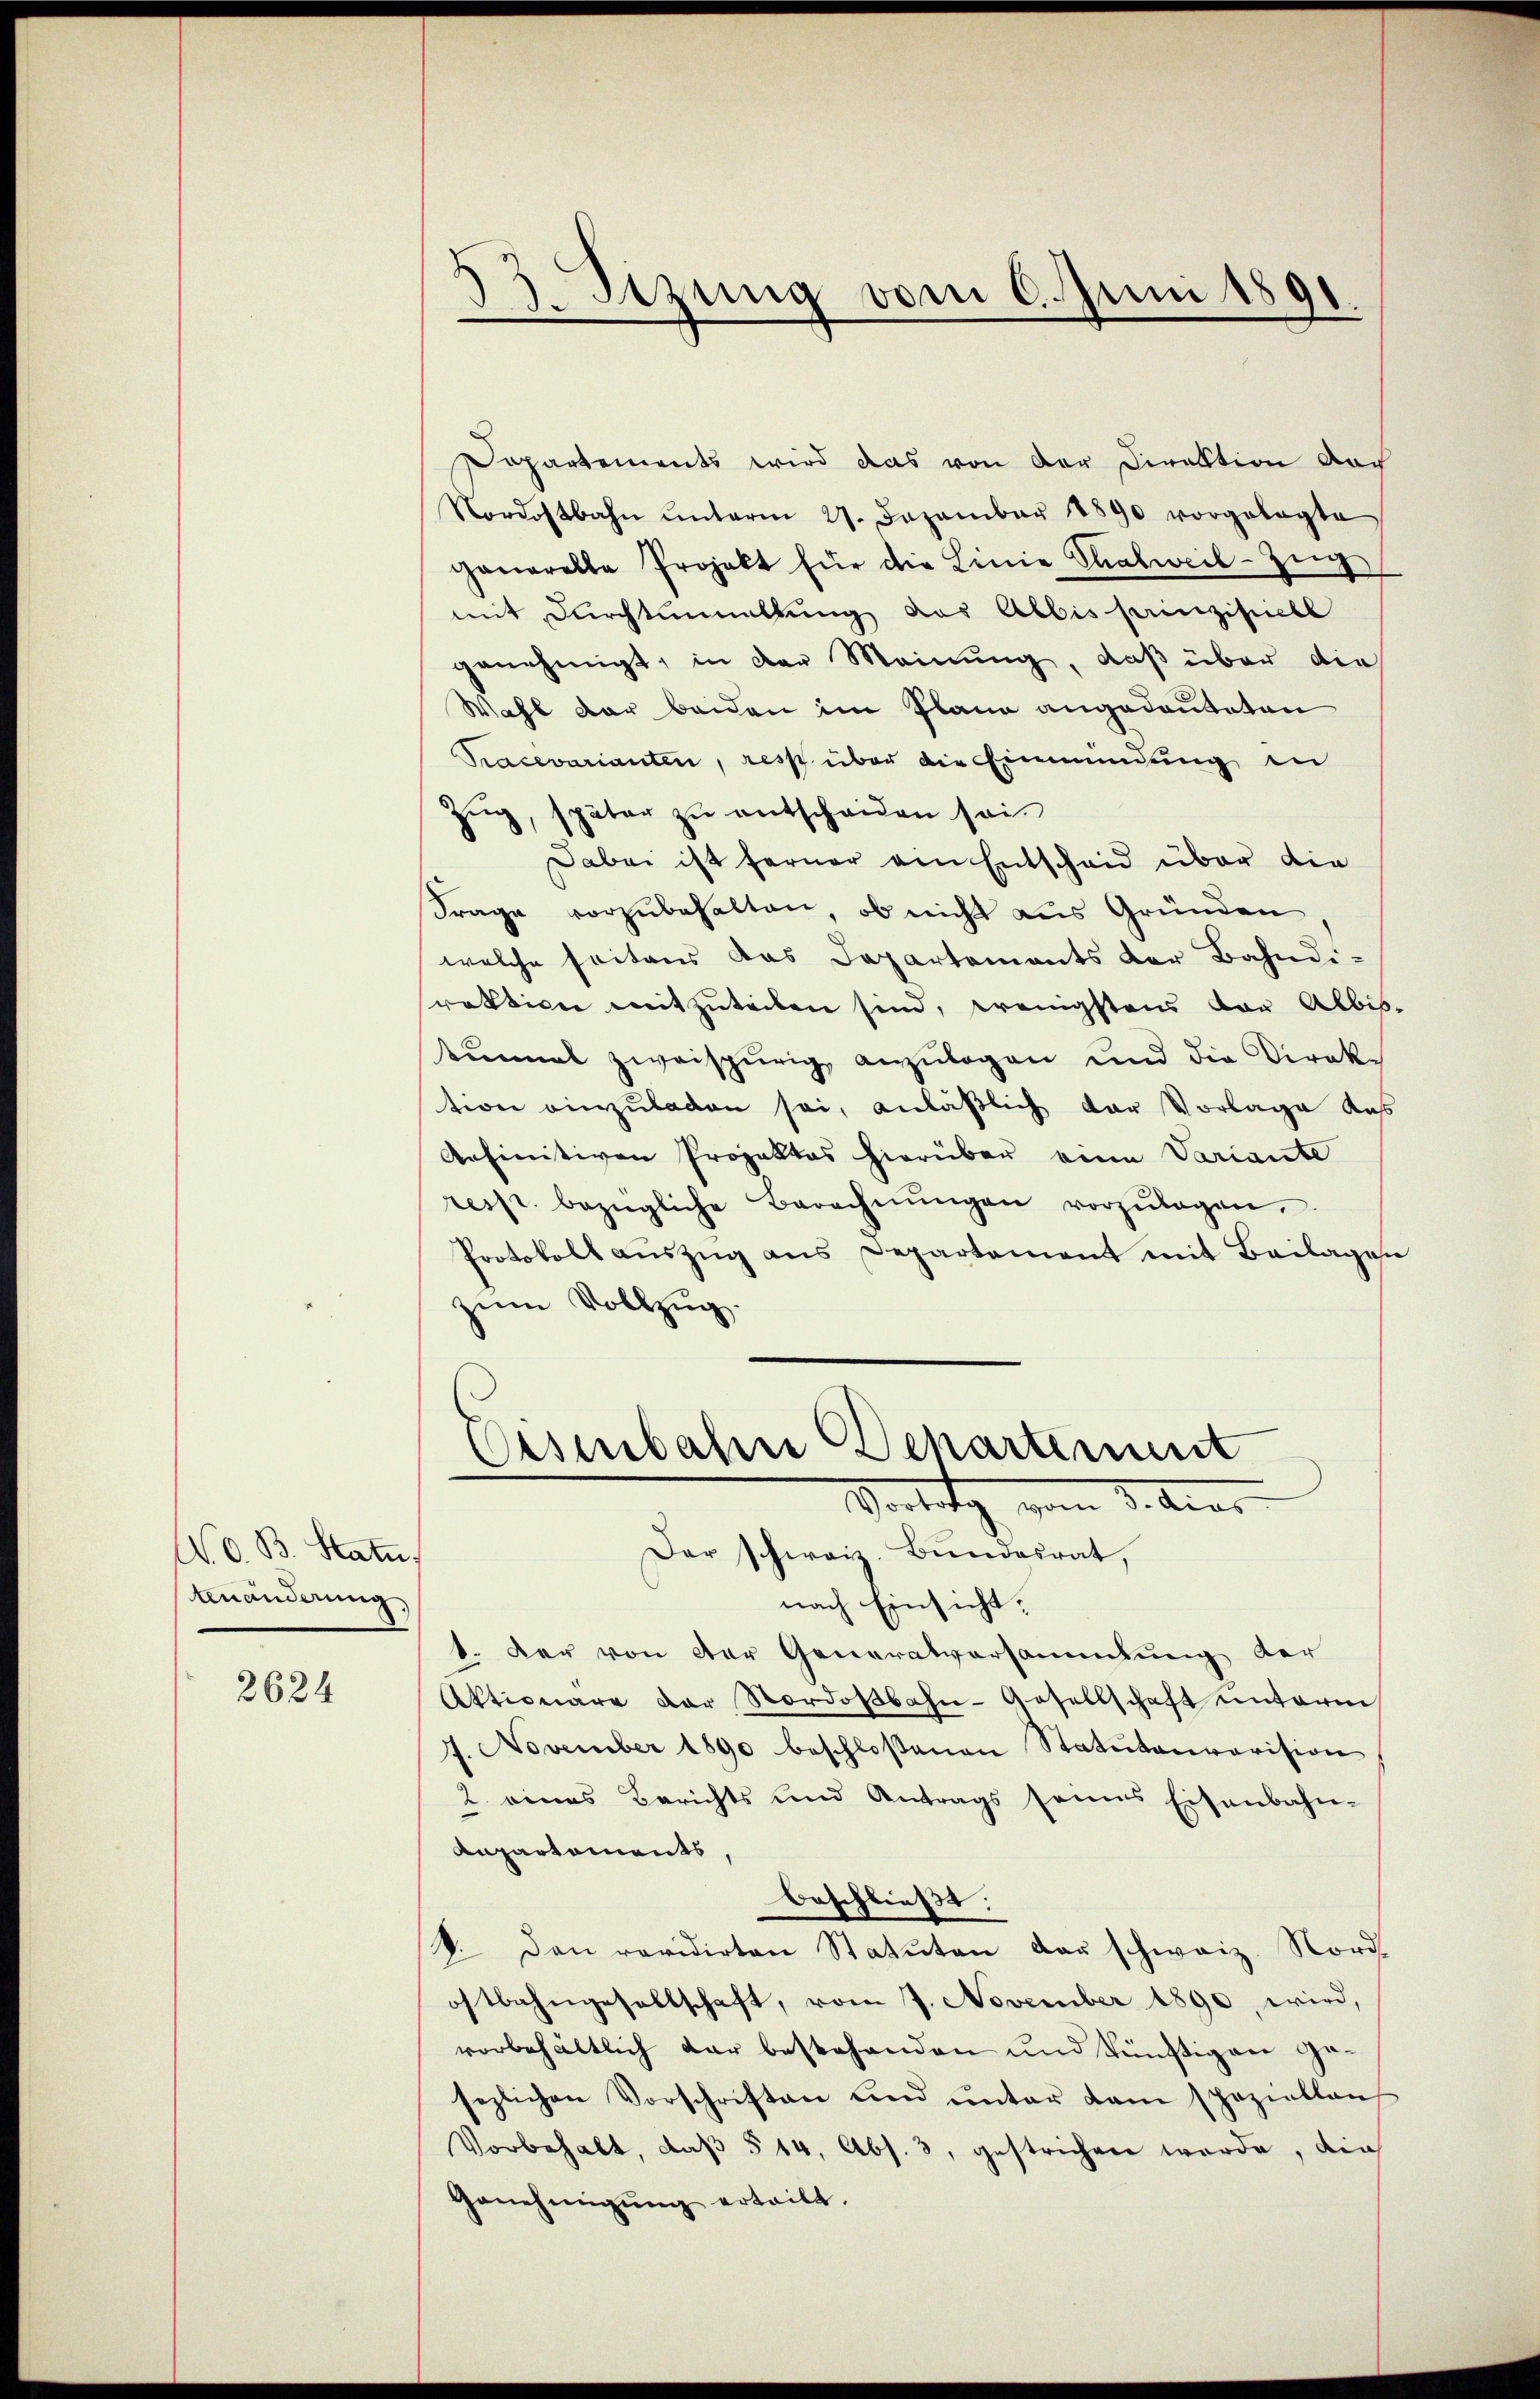
N. O. B. Statu
Unänderung

2624

Dopartements wird das von der Direktion der
Nordostbahn ŭnterm 27. Dezember 1890 vorgelegte
gonerelle Projekt für die Linie Thalweil-Zŭg
mit Durchtunnellung des Albis prinzipiell
genehmigt, in der Meinung, daß über die
Wahl der beiden im Plane angedeuteten
Pracevarianten, resp über die Einmündung in
Zug, später zu entscheiden sei
Dabei ist ferner ein Entscheid über die
Frage vorzubehalten, ob nicht aus Gründen
welche seitens das Departements der Bahndi-
raktion mitzuteilen sind, wenigstens vor Albis-
kinmal zweispurig, anzulegen und die Direktion einzuladen sei, anläßlich der Vorlage das
Aefinitiven Projektes hierüber von Variante
resp. bezügliche Berechnŭngen vorzŭlagen,
Protokoll auszug aus Departement mit Beilagen
zum Vollzug.

13. Sizung vom 6. Juni 1891.

nach Einsicht,
8. Der von der Generalversammlung der
Aktionare der Nordoβbahn-Gesellschaft unterm
1. November 1890 beschloßenen Statutarrarision
2. eines Berichts und Antrags seines Eisenbahn-
Anpartaments,
beschließt:
V. Den revidirten Statuten der schweiz. Nord-
ostbahngesellschaft, vom 7. November 1890, wird,
vorbehältlich dar bestehenden und künftigen gesezlichen Vorschriften und unter dem speziellen
Vorbehalt, daβ § 14, Abs. 3, gestrichen werde, die
Genehmigŭng erteilt.

Eisenbahn Departement
Vortrag, vom 3. Ains
Der schweiz. Bundesrat,